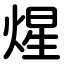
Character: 煋